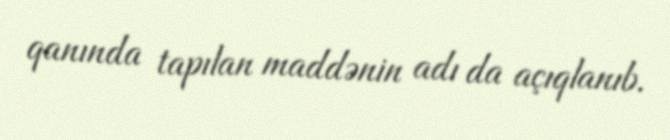
qanında tapılan maddənin adı da açıqlanıb.